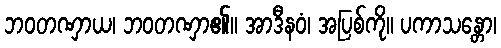
ဘဝတဏှာယ၊ ဘဝတဏှာ၏။ အာဒီနဝံ၊ အပြစ်ကို။ ပကာသန္တော၊